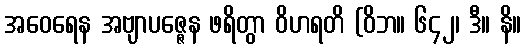
အဝေရေန အဗျာပဇ္ဇေန ဖရိတွာ ဝိဟရတိ (ဝိဘ။ ၆၄၂၊ ဒီ။ နိ။